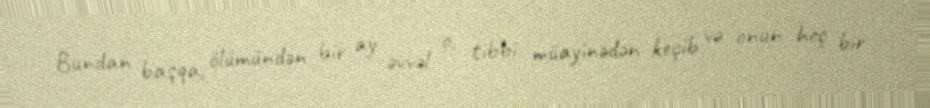
Bundan başqa, ölümündən bir ay əvvəl o, tibbi müayinədən keçib və onun heç bir